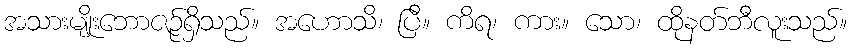
အသားမျိုးဘောဇဉ်ရှိသည်။ အဟောသိ၊ ပြီ။ ကိရ၊ ကား။ သော၊ ထိုနတ်ဘီလူးသည်။